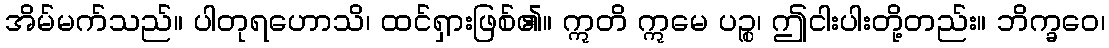
အိမ်မက်သည်။ ပါတုရဟောသိ၊ ထင်ရှားဖြစ်၏။ ဣတိ ဣမေ ပဉ္စ၊ ဤငါးပါးတို့တည်း။ ဘိက္ခဝေ၊